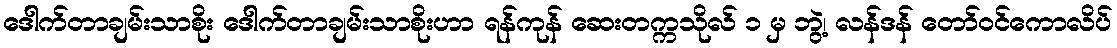
ဒေါက်တာချမ်းသာစိုး ဒေါက်တာချမ်းသာစိုးဟာ ရန်ကုန် ဆေးတက္ကသိုလ် ၁ မှ ဘွဲ့၊ လန်ဒန် တော်ဝင်ကောလိပ်